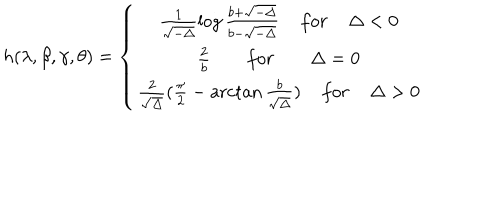
h ( \lambda , \beta , \gamma , \theta ) = \left\{ \begin{array} { c } { { \frac { 1 } { \sqrt { - \Delta } } \log \frac { b + \sqrt { - \Delta } } { b - \sqrt { - \Delta } } \; f o r \; \Delta < 0 } } \\ { { \frac { 2 } { b } \; f o r \; \Delta = 0 } } \\ { { \frac { 2 } { \sqrt { \Delta } } ( \frac { \pi } { 2 } - \operatorname { a r c t a n } \frac { b } { \sqrt { \Delta } } ) \; f o r \; \Delta > 0 } } \\ \end{array} \right.